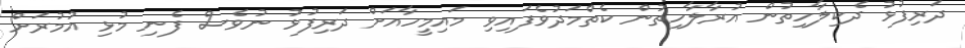
ދަރިފުޅު ދެކިލާހިތުން އުރާލާހިތުން ކެތްމަދުވެފައިވި މައިމީހާއަށް ދަރިފުޅު ނުވެސް ފެނި މުޅި އުމުރަށް